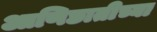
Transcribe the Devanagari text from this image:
आणिछातीच्या